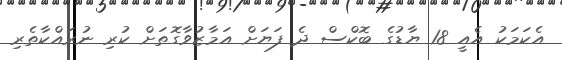
އެކަމަކު އެއީ 18 ޔާޑުގެ ބޮކްސް ދެ ފަޔަށް އަމާޒުވާގޮތަށް ކުރި ނުރައްކާތެރި